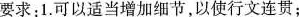
要求：1.可以适当增加细节，以使行文连贯；